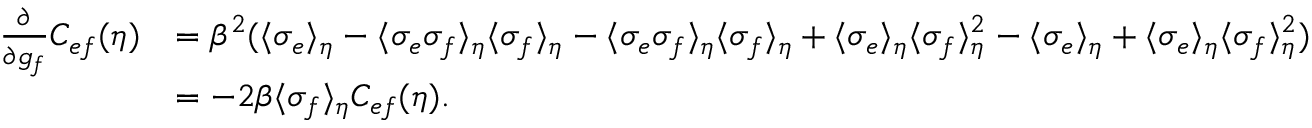
\begin{array} { r l } { \frac { \partial } { \partial g _ { f } } C _ { e f } ( \eta ) } & { = \beta ^ { 2 } ( \langle \sigma _ { e } \rangle _ { \eta } - \langle \sigma _ { e } \sigma _ { f } \rangle _ { \eta } \langle \sigma _ { f } \rangle _ { \eta } - \langle \sigma _ { e } \sigma _ { f } \rangle _ { \eta } \langle \sigma _ { f } \rangle _ { \eta } + \langle \sigma _ { e } \rangle _ { \eta } \langle \sigma _ { f } \rangle _ { \eta } ^ { 2 } - \langle \sigma _ { e } \rangle _ { \eta } + \langle \sigma _ { e } \rangle _ { \eta } \langle \sigma _ { f } \rangle _ { \eta } ^ { 2 } ) } \\ & { = - 2 \beta \langle \sigma _ { f } \rangle _ { \eta } C _ { e f } ( \eta ) . } \end{array}